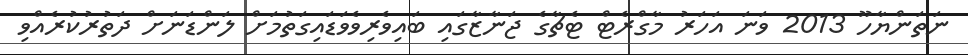
ނަތަންޔާހޫ 2013 ވަނަ އަހަރު މާގްރެޓް ޓެޗާގެ ޖަނާޒާގައި ބައިވެރިވެވަޑައިގަތުމަށް ލަންޑަނަށް ދަތުރުކުރެއްވި